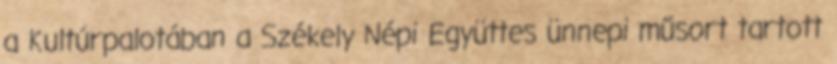
a Kultúrpalotában a Székely Népi Együttes ünnepi műsort tartott